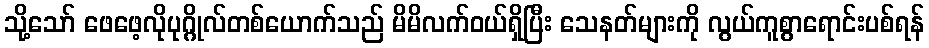
သို့သော် ဖေဖေ့လိုပုဂ္ဂိုလ်တစ်ယောက်သည် မိမိလက်ဝယ်ရှိပြီး သေနတ်များကို လွယ်ကူစွာရောင်းပစ်ရန်